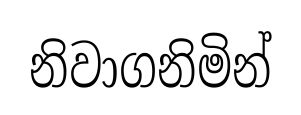
නිවාගනිමින්